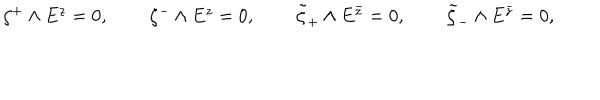
\begin{matrix} { { \zeta ^ { + } \wedge E ^ { z } = 0 , \, \, } } & { { \quad \zeta ^ { - } \wedge E ^ { z } = 0 , \, \, } } & { { \quad \tilde { \zeta } _ { + } \wedge E ^ { \bar { z } } = 0 , \, \, } } & { { \quad \tilde { \zeta } _ { - } \wedge E ^ { \bar { z } } = 0 , } } \\ \end{matrix}